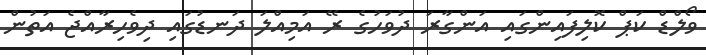
ވޯލްޑް ކަޕް ކޮލިފައިންގައި އަންގާރަ ދުވަހުގެ ރޭ އަމިއްލަ ދަނޑުގައި ދިވެހިރާއްޖެ އަތުން